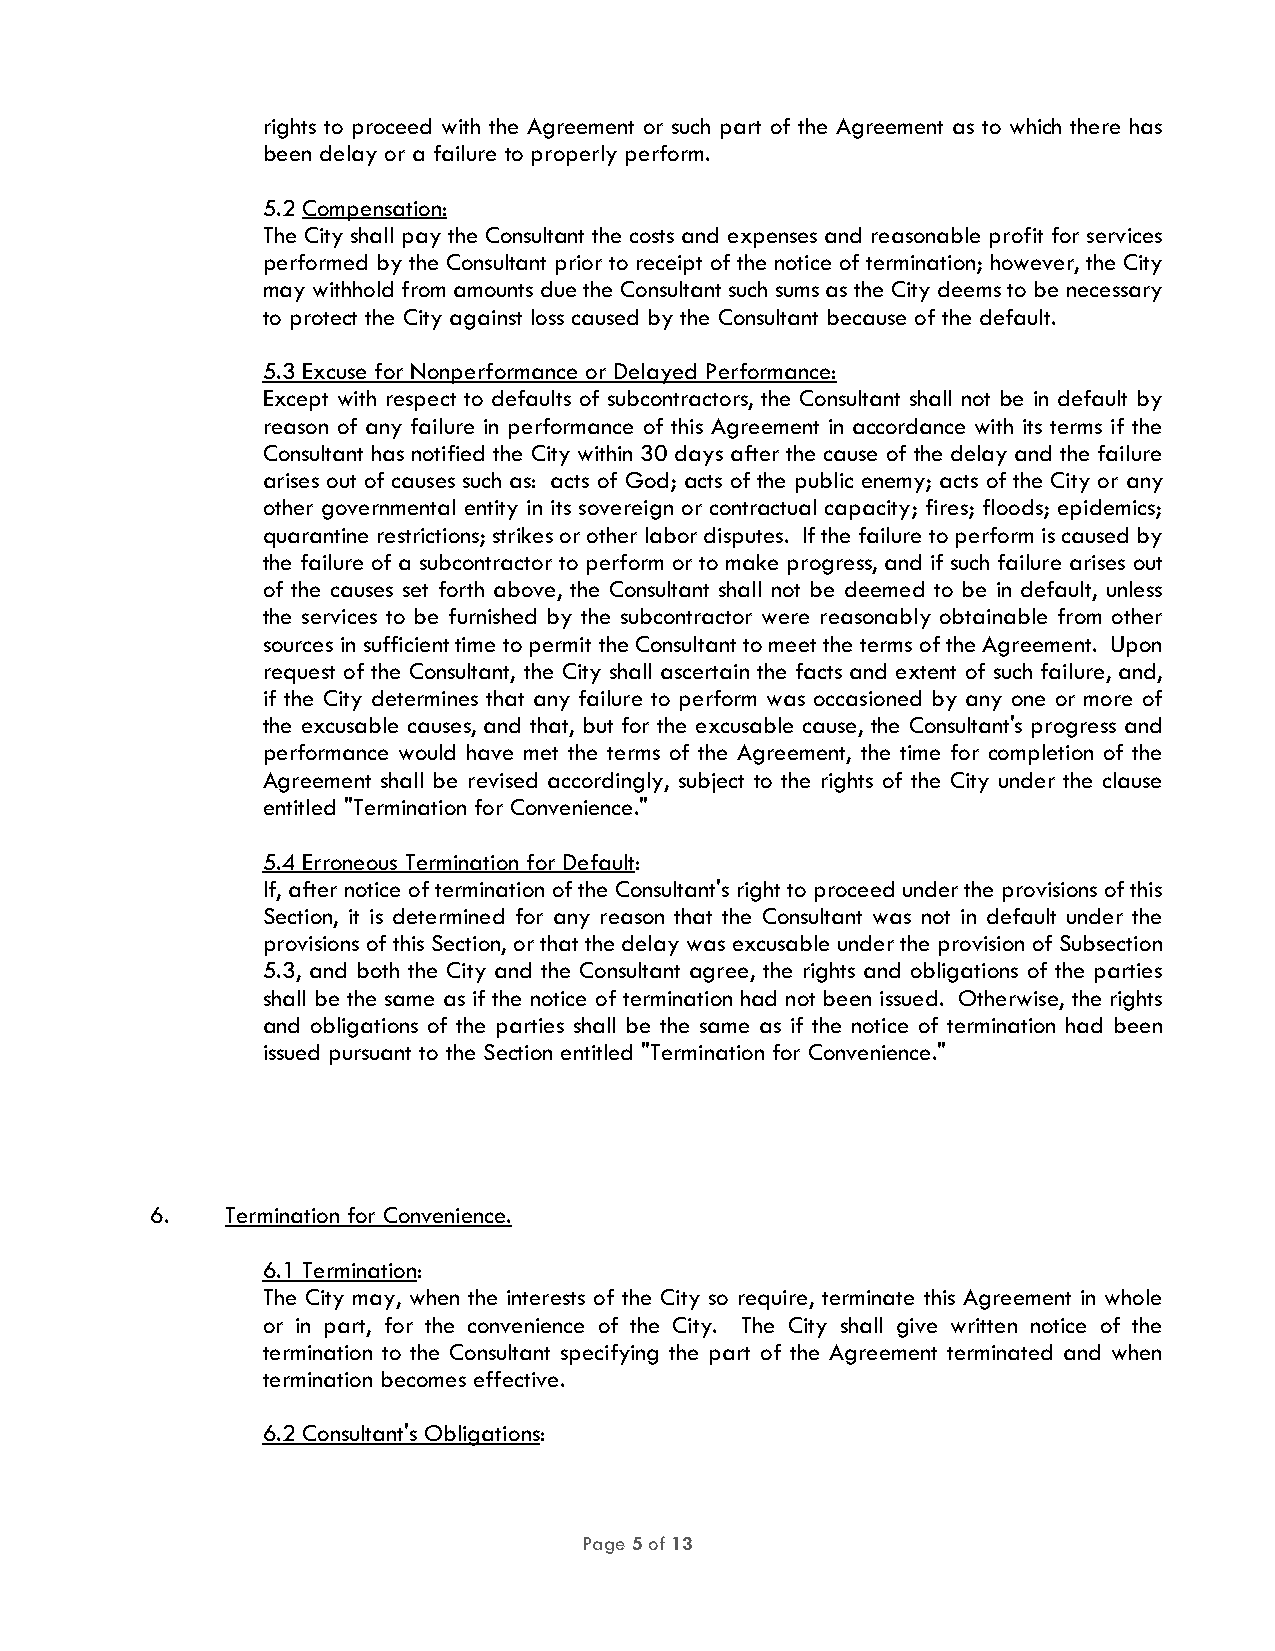
rights to proceed with the Agreement or such part of the Agreement as to which there has
 been delay or a failure to properly perform.
 5.2 Compensation:
 The City shall pay the Consultant the costs and expenses and reasonable profit for services
 performed by the Consultant prior to receipt of the notice of termination; however, the City
 may withhold from amounts due the Consultant such sums as the City deems to be necessary
 to protect the City against loss caused by the Consultant because of the default.
 5.3 Excuse for Nonperformance or Delayed Performance:
 Except with respect to defaults of subcontractors, the Consultant shall not be in default by
 reason of any failure in performance of this Agreement in accordance with its terms if the
 Consultant has notified the City within 30 days after the cause of the delay and the failure
 arises out of causes such as: acts of God; acts of the public enemy; acts of the City or any
 other governmental entity in its sovereign or contractual capacity; fires; floods; epidemics;
 quarantine restrictions; strikes or other labor disputes. If the failure to perform is caused by
 the failure of a subcontractor to perform or to make progress, and if such failure arises out
 of the causes set forth above, the Consultant shall not be deemed to be in default, unless
 the services to be furnished by the subcontractor were reasonably obtainable from other
 sources in sufficient time to permit the Consultant to meet the terms of the Agreement. Upon
 request of the Consultant, the City shall ascertain the facts and extent of such failure, and,
 if the City determines that any failure to perform was occasioned by any one or more of
 the excusable causes, and that, but for the excusable cause, the Consultant's progress and
 performance would have met the terms of the Agreement, the time for completion of the
 Agreement shall be revised accordingly, subject to the rights of the City under the clause
 entitled "Termination for Convenience."
 5.4 Erroneous Termination for Default:
 If, after notice of termination of the Consultant's right to proceed under the provisions of this
 Section, it is determined for any reason that the Consultant was not in default under the
 provisions of this Section, or that the delay was excusable under the provision of Subsection
 5.3, and both the City and the Consultant agree, the rights and obligations of the parties
 shall be the same as if the notice of termination had not been issued. Otherwise, the rights
 and obligations of the parties shall be the same as if the notice of termination had been
 issued pursuant to the Section entitled "Termination for Convenience."
 6.   Termination for Convenience.
 6.1 Termination:
 The City may, when the interests of the City so require, terminate this Agreement in whole
 or in part, for the convenience of the City. The City shall give written notice of the
 termination to the Consultant specifying the part of the Agreement terminated and when
 termination becomes effective.
 6.2 Consultant's Obligations:
 Page 5 of 13